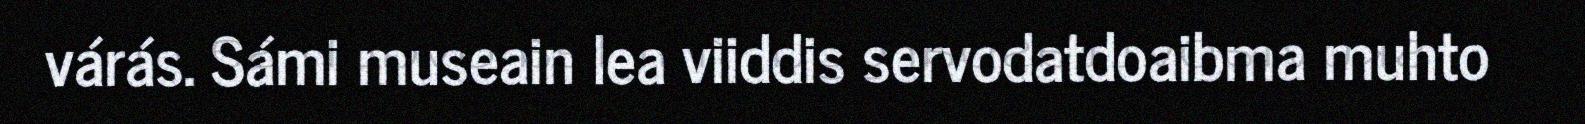
várás. Sámi museain lea viiddis servodatdoaibma muhto